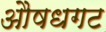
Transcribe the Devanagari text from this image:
औषधगट